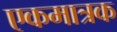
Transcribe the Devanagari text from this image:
एकमात्रक